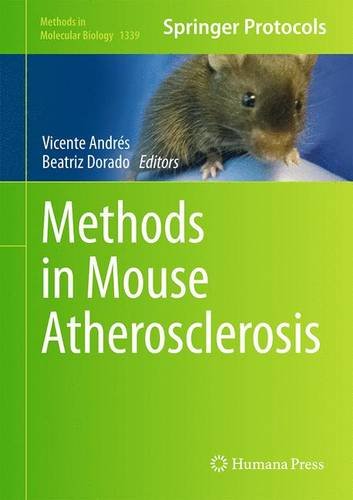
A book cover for Methods in Mouse Atherosclerosis (Methods in Molecular Biology); Science & Math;